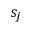
s _ { j }